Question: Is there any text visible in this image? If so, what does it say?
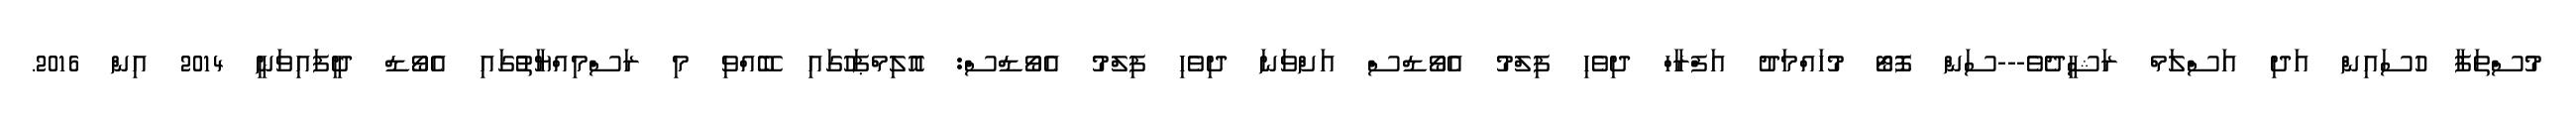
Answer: މުސްތަފާ ހުސައިން އަދި އަސްލަމް ރަޝީދެވެ---ސަން ފޮޓޯ މުހައްމަދު އަފްރާހް ދިވެހި ފިލްމު އެވޯޑްސް އަށްވަނަ ދިވެހި ފިލްމު އެވޯޑްސް: އޮލިމްޕަހުގައި ބޭއްވި މި ރަސްމިއްޔާތުުގައި އެވޯޑް ދީފައިވަނީ 2014 އިން 2016.